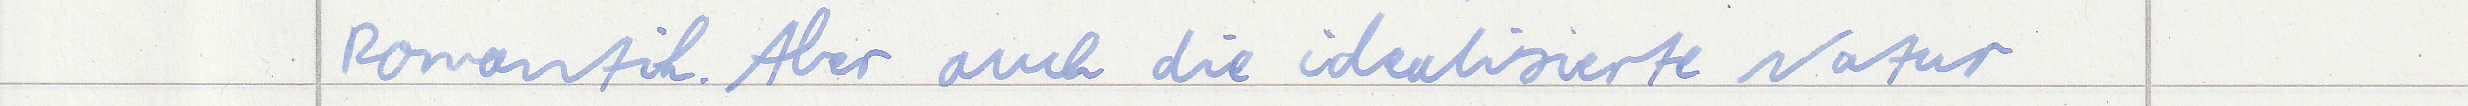
Romantik. Aber auch die idealisierte Natur